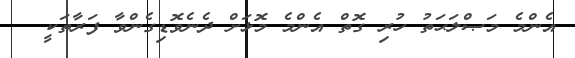
އެންމެ މަޞްލަޙަތު ހުރި ގޮތް އެންމެ މޮޅަށް ދެނެވޮޑިގެންވާ ފަރާތަކީ